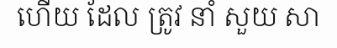
ហើយ ដែល ត្រូវ នាំ សួយ សា